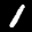
Label: 1